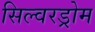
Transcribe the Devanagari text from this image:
सिल्वरड्रोम